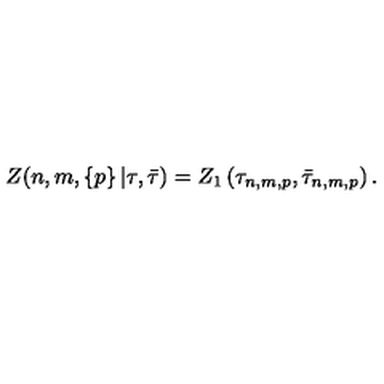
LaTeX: Z ( n , m , \left\{ p \right\} | \tau , \bar { \tau } ) = Z _ { 1 } \left( \tau _ { n , m , p } , \bar { \tau } _ { n , m , p } \right) .